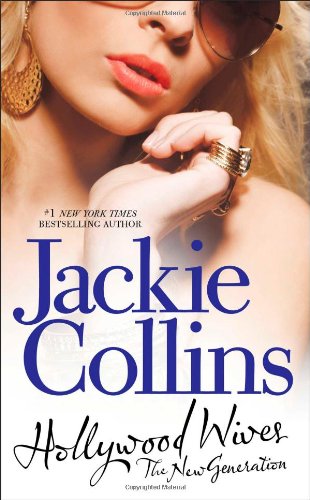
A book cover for Hollywood Wives - The New Generation; Jackie Collins; Literature & Fiction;